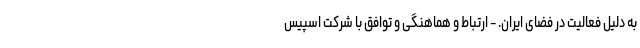
به دلیل فعالیت در فضای ایران. - ارتباط و هماهنگی و توافق با شرکت اسپیس